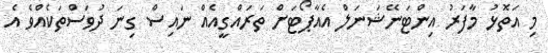
މި އަތޮޅު މާފަރު އިންޓަނޭޝަނަލް އެއާޕޯޓަށް ތަރައްގީއެއް ނައިސް ގިނަ ދުވަސްތަކެއްވެ އެ